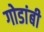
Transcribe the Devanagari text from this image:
गोडांबी